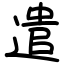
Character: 遣